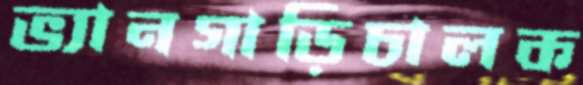
ভ্যানগাড়িচালক